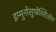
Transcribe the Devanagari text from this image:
इम्मुनोसुप्प्रेस्सिओन